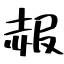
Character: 赧